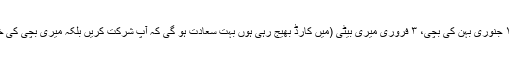
ہوا یوں کہ گھر میں دو شادیاں ۱۰ جنوری بہن کی بچی، ۳ فروری میری بیٹی (میں کارڈ بھیج رہی ہوں بہت سعادت ہو گی کہ آپ شرکت کریں بلکہ میری بچی کی خوش بختی) کے نکاح کا دن تھا۔